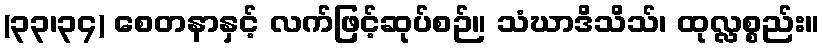
(၃၃၊၃၄) စေတနာနှင့် လက်ဖြင့်ဆုပ်စဉ်။ သံဃာဒိသိသ်၊ ထုလ္လစ္စည်း။